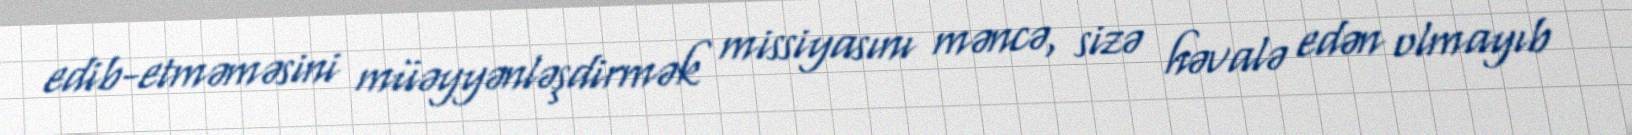
edib-etməməsini müəyyənləşdirmək missiyasını məncə, sizə həvalə edən olmayıb